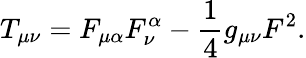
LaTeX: T_{\mu\nu}=F_{\mu\alpha}F_{\nu}^{\alpha}-\frac{1}{4}g_{\mu\nu}F^{2}.